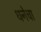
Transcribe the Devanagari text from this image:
धनेचा